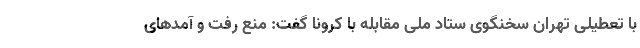
با تعطیلی تهران سخنگوی ستاد ملی مقابله با کرونا گفت: منع رفت و آمد‌های